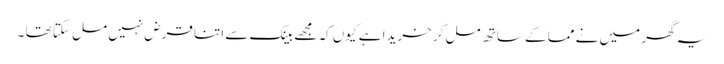
یہ گھر میں نے مما کے ساتھ مل کر خریدا ہے کیوں کہ مجھے بینک سے اتنا قرض نہیں مل سکتا تھا ۔